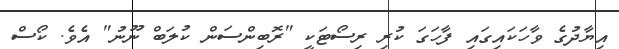
އިޔާދުގެ ވާހަކައިގައި ފާހަގަ ކުރި ރިސޯޓަކީ "ރޮބިންސަން ކުލަބް ނޫނު" އެވެ. ކޯސް